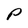
Character: P